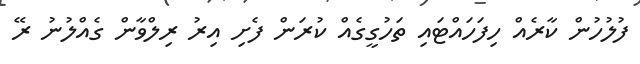
ފުލުހުން ކާރެއް ހިފަހައްޓައި ތަހުގީގެއް ކުރަން ފެށި އިރު ރިލްވާން ގެއްލުނު ރޭ